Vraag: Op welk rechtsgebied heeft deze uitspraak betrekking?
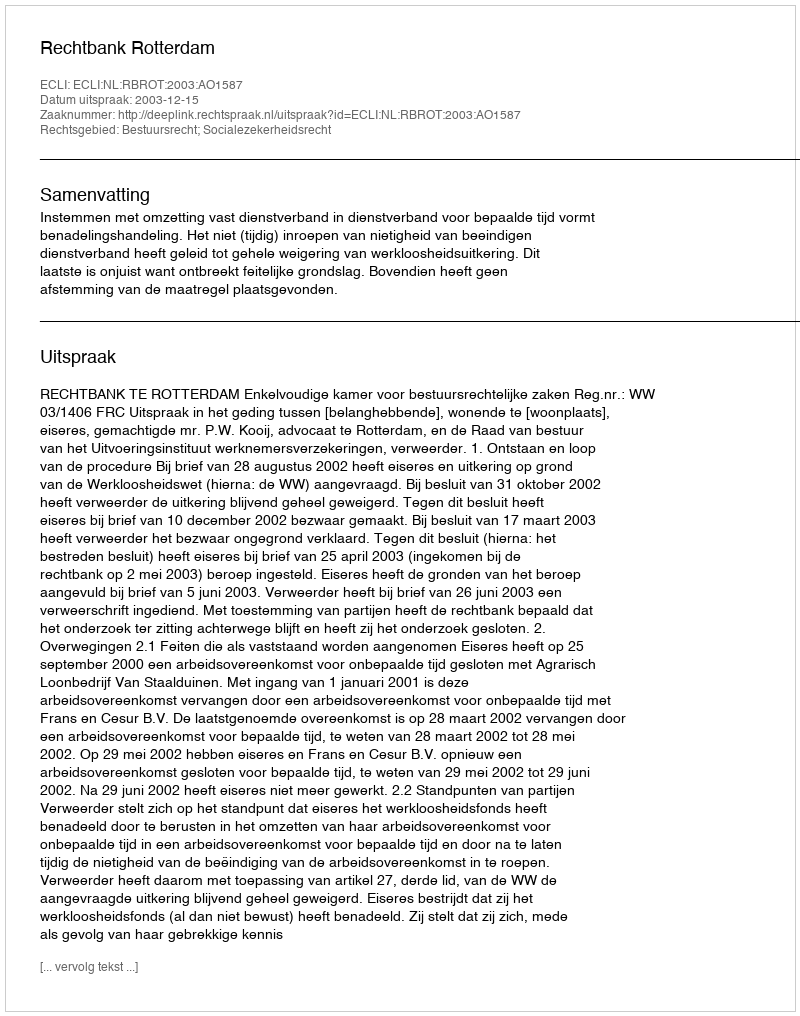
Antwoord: Bestuursrecht; Socialezekerheidsrecht